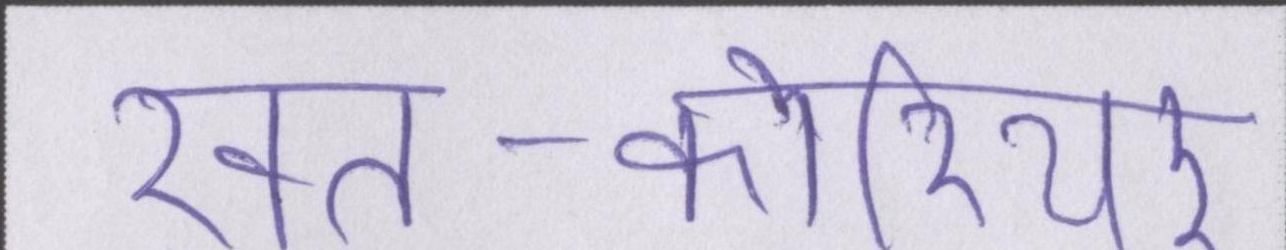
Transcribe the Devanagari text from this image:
ख़त-कोरियर